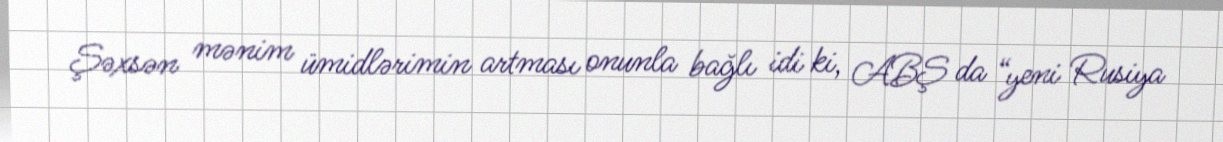
Şəxsən mənim ümidlərimin artması onunla bağlı idi ki, ABŞ da “yeni Rusiya